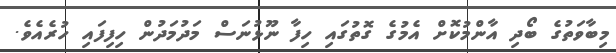
މިބާވަތުގެ ބޯދި އާންމުކޮށް އެމުގެ ގޮތުގައި ހިފާ ނޫޅުނަސް މަދުމަދުން ހިފިފައި ހުރެއެވެ.